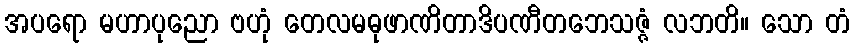
အပရော မဟာပုညော ဗဟုံ တေလမဓုဖာဏိတာဒိပဏီတဘေသဇ္ဇံ လဘတိ။ သော တံ